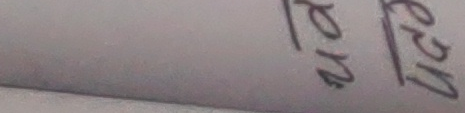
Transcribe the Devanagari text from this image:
रेन एन